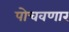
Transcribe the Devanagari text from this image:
पोचवणार